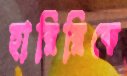
হারিরিকে